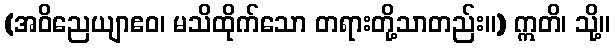
(အဝိညေယျာဧဝ၊ မသိထိုက်သော တရားတို့သာတည်း။) ဣတိ၊ သို့။